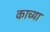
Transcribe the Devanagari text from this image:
काच्या